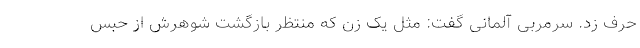
حرف زد. سرمربی آلمانی گفت: مثل یک زن که منتظر بازگشت شوهرش از حبس